Report on the lunatic asylums in Bengal - 1862-
Year: 1862
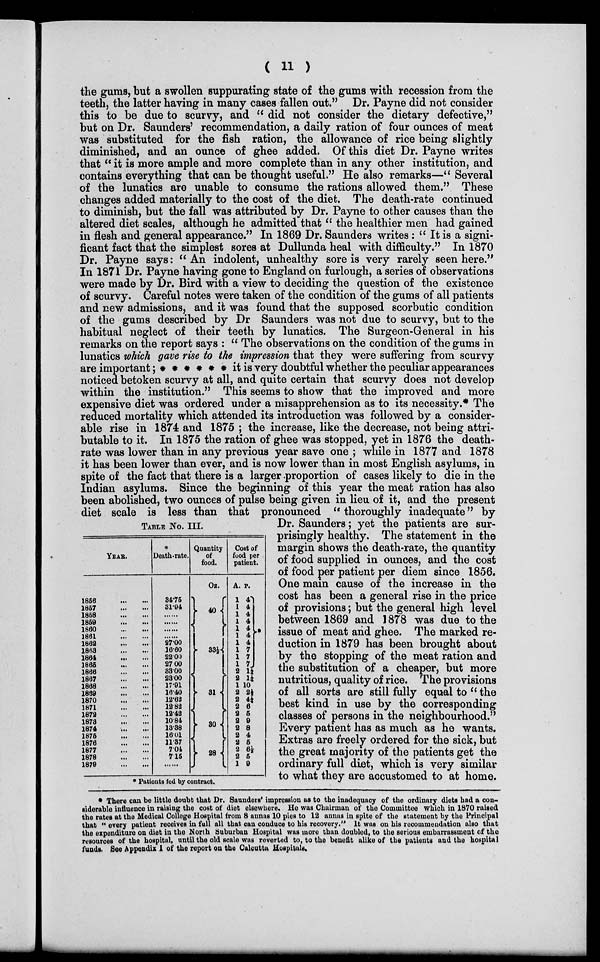
( 11 )
TABLE No. III.
YEAR.
1856
...
...
1857
...
...
1858
...
...
1859
...
...
1860 ... ...
1861 ... ...
1862
...
...
1863
...
...
1864
...
...
1865
...
...
1866
...
...
1867
...
...
1868
...
...
1869
...
...
1870
...
...
1871
...
...
1872
...
...
1873
...
...
1874
...
...
1875
...
...
1876
...
...
1877
...
...
1878
...
...
1879
...
...
Death-rate.
34.75
31.94
......
......
......
......
27.00
16.60
22.00
27.00
33.00
23.00
17.91
16.40
12.63
12.82
12.42
10.84
13.38
16.01
11.37
7.04
7.15
......
Quantity
of
food.
Os.
40
33½
31
30
28
Cost of
food per
patient.
A.
1
1
1
1
1
1
1
1
1
1
2
2
1
2
2
2
2
2
2
2
2
2
2
1
P.
4
4
4
4
4
4
4
7
7
7
1¼
1¼
10
2¼
4¼
6
5
9
8
4
5
6½
5
9
0
* Patients fed by contract.
the gums, but a swollen suppurating state of the gums with recession from the
teeth, the latter having in many cases fallen out." Dr. Payne did not consider
this to be due to scurvy, and " did not consider the dietary defective,"
but on Dr. Saunders' recommendation, a daily ration of four ounces of meat
was substituted for the fish ration, the allowance of rice being slightly
diminished, and an ounce of ghee added. Of this diet Dr. Payne writes
that " it is more ample and more complete than in any other institution, and
contains everything that can be thought useful." He also remarks—" Several
of the lunatics are unable to consume the rations allowed them." These
changes added materially to the cost of the diet. The death-rate continued
to diminish, but the fall was attributed by Dr. Payne to other causes than the
altered diet scales, although he admitted that " the healthier men had gained
in flesh and general appearance." In 1869 Dr. Saunders writes : " It is a signi-
ficant fact that the simplest sores at Dullunda heal with difficulty." In 1870
Dr. Payne says: "An indolent, unhealthy sore is very rarely seen here."
In 1871 Dr. Payne having gone to England on furlough, a series of observations
were made by Dr. Bird with a view to deciding the question of the existence
of scurvy. Careful notes were taken of the condition of the gums of all patients
and new admissions, and it was found that the supposed scorbutic condition
of the gums described by Dr Saunders was not due to scurvy, but to the
habitual neglect of their teeth by lunatics. The Surgeon-General in his
remarks on the report says : " The observations on the condition of the gums in
lunatics which gave rise to the impression that they were suffering from scurvy
are important ;* *
*
* * * it is very doubtful whether the peculiar appearances
noticed betoken scurvy at all, and quite certain that scurvy does not develop
within the institution." This seems to show that the improved and more
expensive diet was ordered under a misapprehension as to its necessity.* The
reduced mortality which attended its introduction was followed by a consider-
able rise in 1874 and 1875 ; the increase, like the decrease, not being attri-
butable to it. In 1875 the ration of ghee was stopped, yet in 1876 the death-
rate was lower than in any previous year save one ; while in 1877 and 1878
it has been lower than ever, and is now lower than in most English asylums, in
spite of the fact that there is a larger proportion of cases likely to die in the
Indian asylums. Since the beginning of this year the meat ration has also
been abolished, two ounces of pulse being given in lieu of it, and the present
diet scale is less than that pronounced " thoroughly inadequate" by
Dr. Saunders; yet the patients are sur-
prisingly healthy. The statement in the
margin shows the death-rate, the quantity
of food supplied in ounces, and the cost
of food per patient per diem since 1856.
One main cause of the increase in the
cost has been a general rise in the price
of provisions; but the general high level
between 1869 and 1878 was due to the
issue of meat and ghee. The marked re-
duction in 1879 has been brought about
by the stopping of the meat ration and
the substitution of a cheaper, but more
nutritious, quality of rice. The provisions
of all sorts are still fully equal to "the
best kind in use by the corresponding
classes of persons in the neighbourhood."
Every patient has as much as he wants.
Extras are freely ordered for the sick, but
the great majority of the patients get the
ordinary full diet, which is very similar
to what they are accustomed to at home.
* There can be little doubt that Dr. Saunders' impression as to the inadequacy of the ordinary diets had a con-
siderable influence in raising the cost of diet elsewhere. He was Chairman of the Committee which in 1870 raised
the rates at the Medical College Hospital from 8 annas 10 pies to 12 annus in spite of the statement by the Principal
that " every patient receives in full all that can conduce to his recovery." It was on his recommendation also that
the expenditure on diet in the North Suburban Hospital was more than doubled, to the serious embarrassment of the
resources of the hospital, until the old scale was reverted to, to the benefit alike of the patients and the hospital
funds. See Appendix 1 of the report on the Calcutta Hospitals.